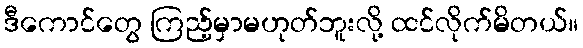
ဒီကောင်တွေ ကြည့်မှာမဟုတ်ဘူးလို့ ထင်လိုက်မိတယ်။